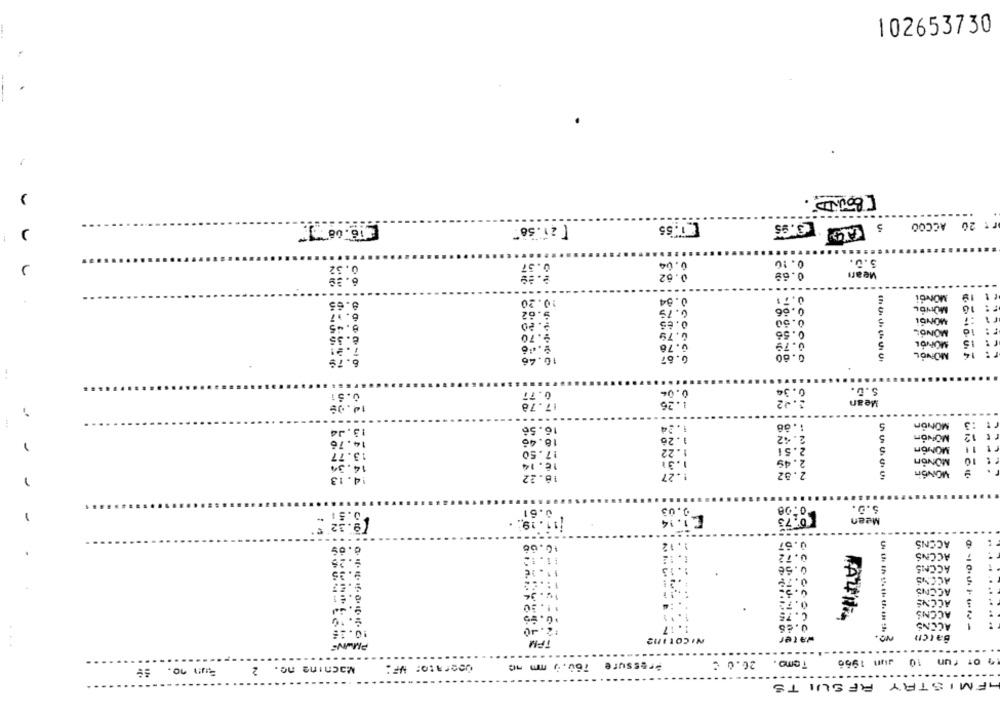
102653730
[16. 08 7.
r: 20 ACCOO
[ 21.58
1.55
[3.95
3.0.
0.32
0.37
0.08
Mearı
....
-----
MONDi
11 19
8.65
10.20
0.84
0.71
9.62
6.75
6
MONIDL
F: 10
2.20
0.65
MONBL
MONOL
r: id
6. 35
.70
0.79
. 76
Coco
MONOL
15
MONOL
14
r :
6.79
10.46
.87
S.D.
0.51
0.77
0.00
0.34
17.78
1.26
Mean
....
-*
1.86
5
MONOR
:3
13.44
16.56
1.24
18.46
1.26
: 12
1
14.76
11
13.77
17.50
1.22
MONOR
1.31
5
14.3.
16.14
1 -27
2.82
5
MONon
4.13
16.22
61
v.
0.03
5.0.
0.73
Mean
19.
10.66
.67
ACONS
9.26
11.13
0.72
ACCNS
ACCMS
9.35
1.13
1: . 23
ACONS
ACENS
14.34
0.73
ACCNÉ
11.30
ACCNS
10.95
C.75
ACENS
10.16
:2.40
1.17
NICOTIN2
water
NO.
Batch
PMWNS
TPM
26.0 €
Temo.
14 of fun 10 Jun 1960
Bun no. .
Machine no. 2
760,0 mm nc
Pressure
...
AFMISTRY RFSUITS